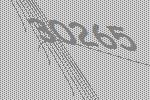
30265